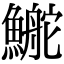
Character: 鿳